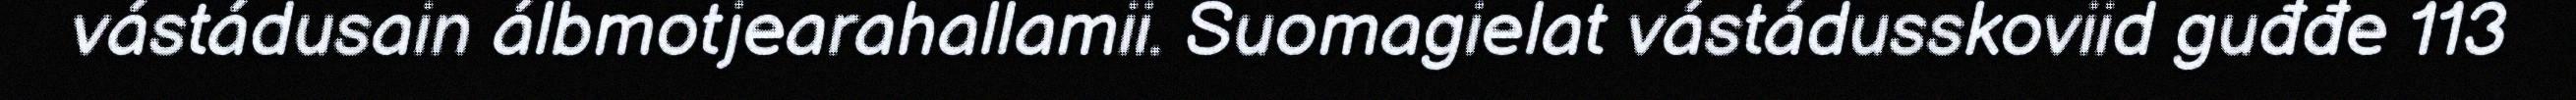
vástádusain álbmotjearahallamii. Suomagielat vástádusskoviid guđđe 113